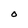
Character: o